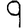
Digit: 9